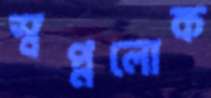
স্বপ্নলোক